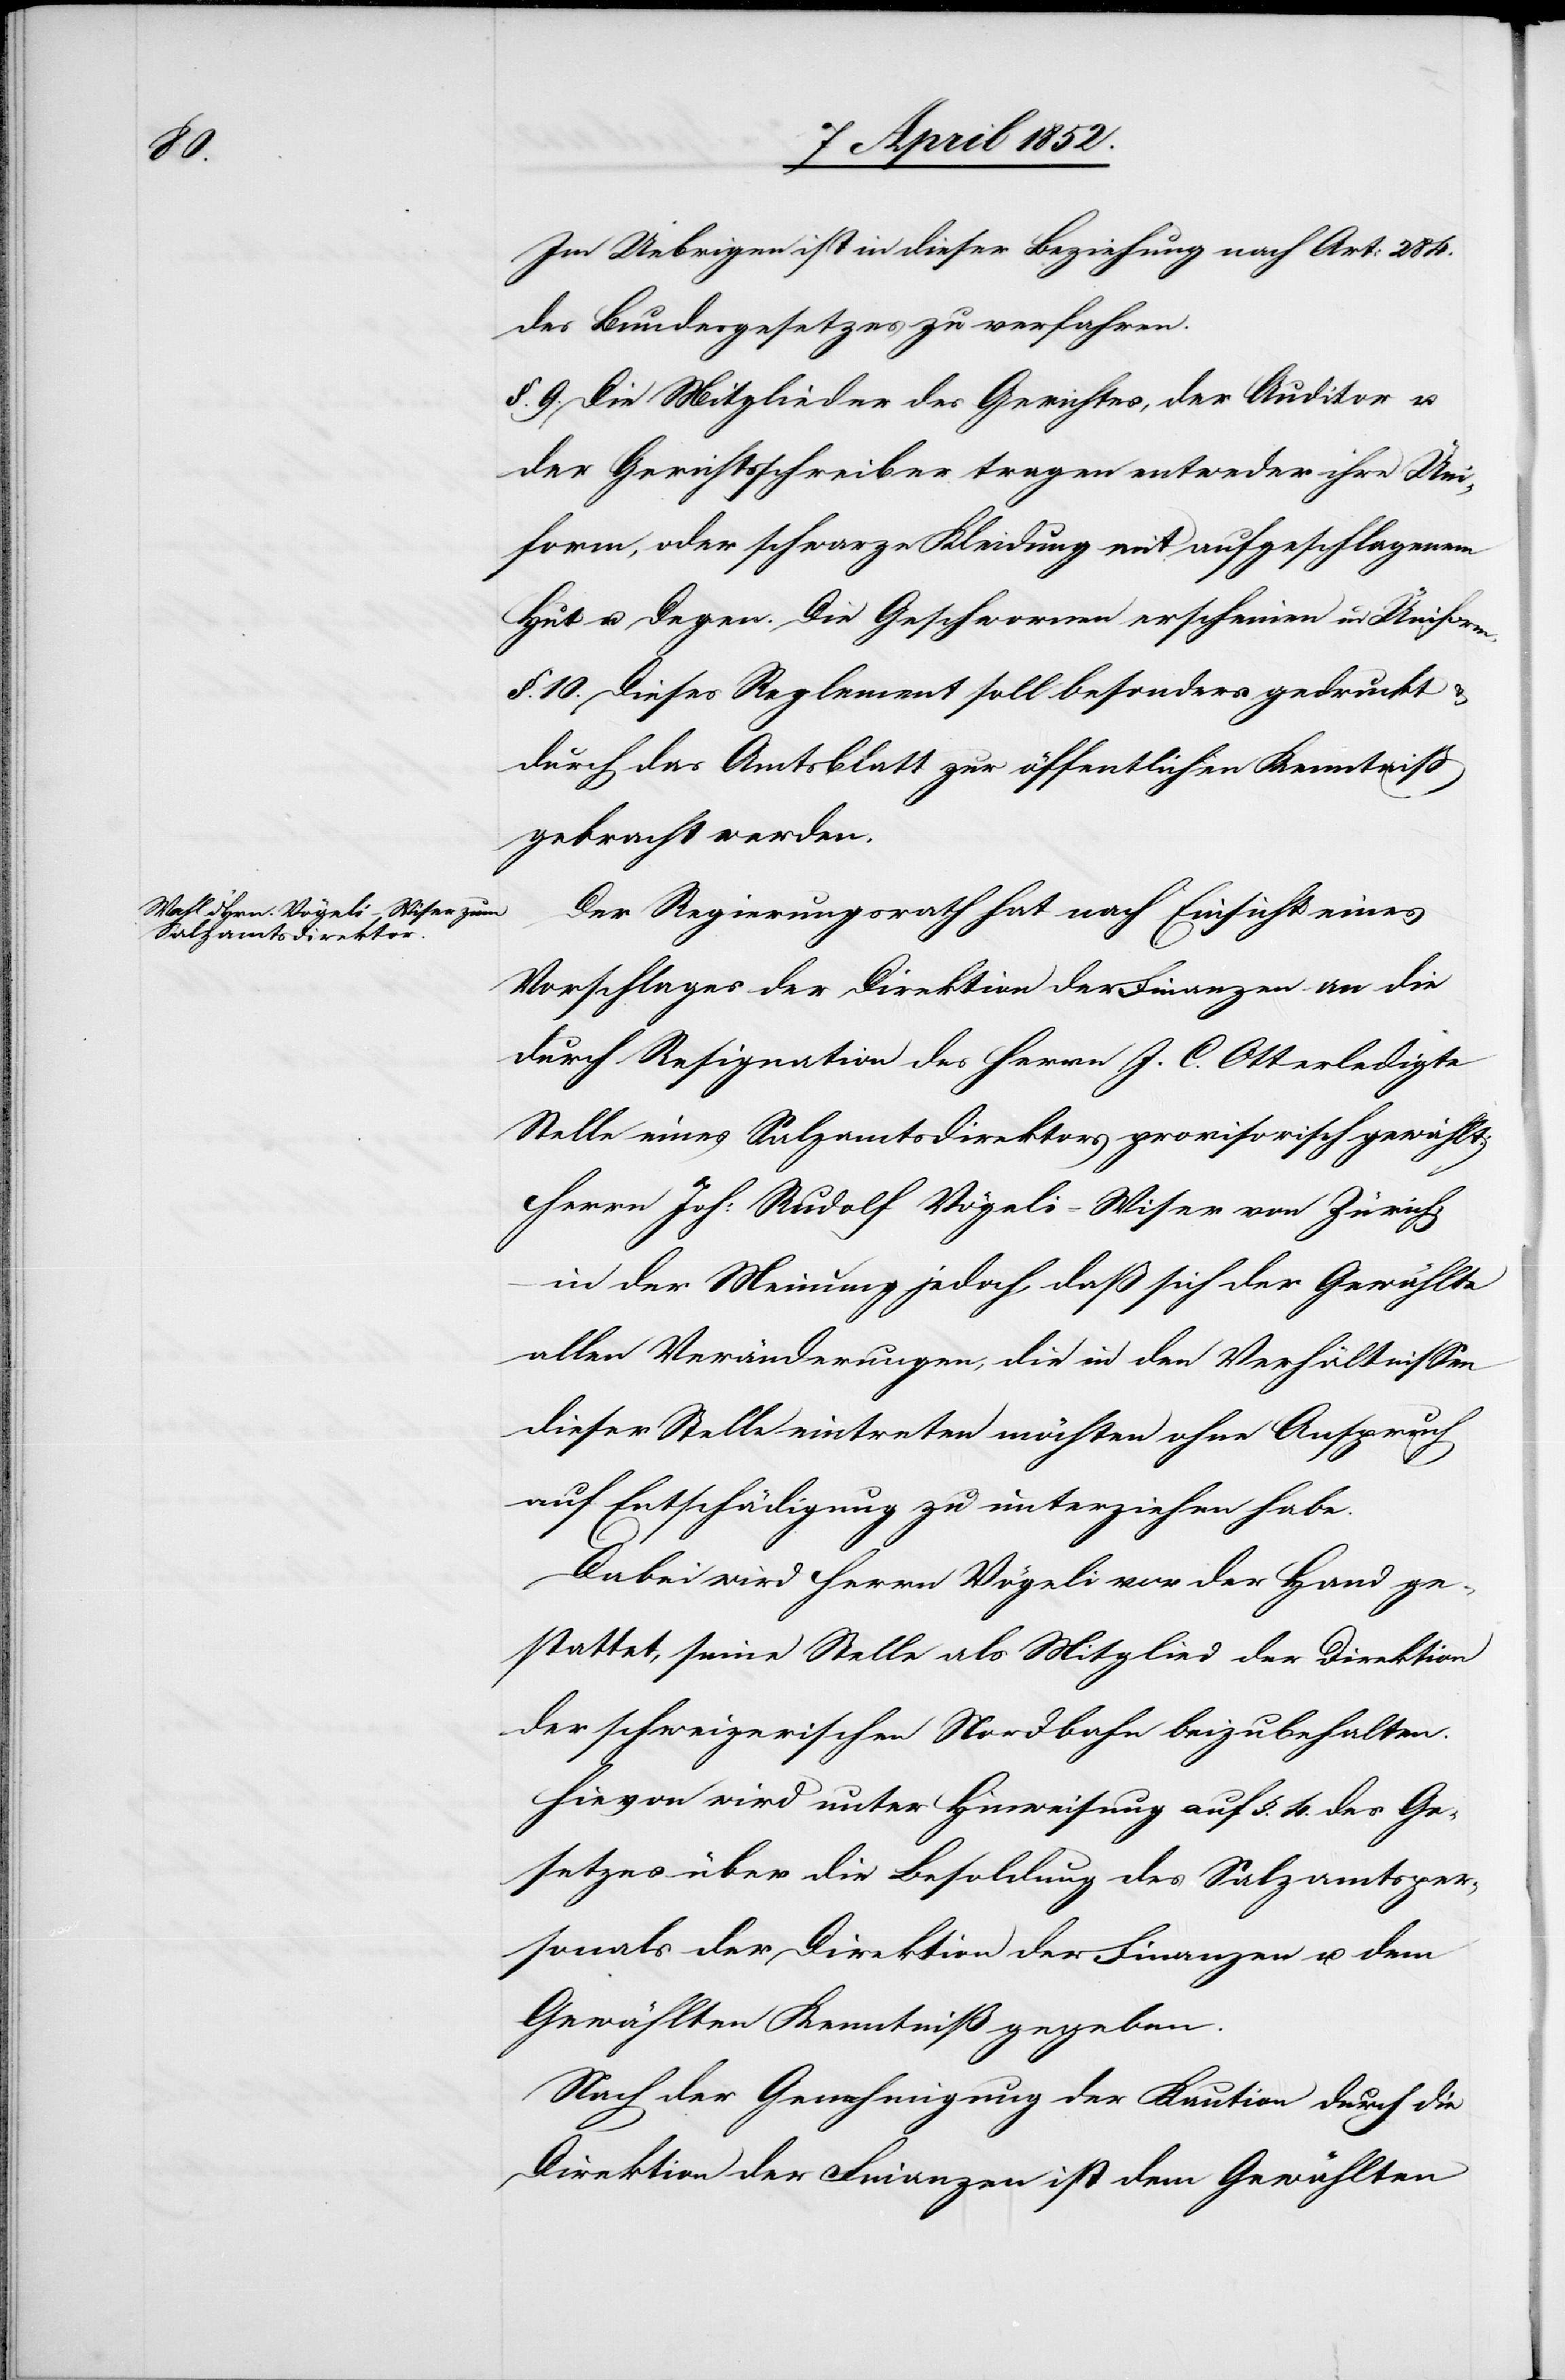
Im Uebrigen ist in dieser Beziehung nach Art: 284.
des Bundesgesetzes zu verfahren.
§. 9. Die Mitglieder des Gerichtes, der Auditor u.
der Gerichtsschreiber tragen entweder ihre Uni¬
form, oder schwarze Kleidung mit aufgeschlagenem
Hut u. Degen. Die Geschwornen erscheinen in Uniform.
§. 10. Dieses Reglement soll besonders gedruckt &
durch das Amtsblatt zur öffentlichen Kenntniß
gebracht werden.
Der Regierungsrath hat nach Einsicht eines
Vorschlages der Direktion der Finanzen an die
durch Resignation des Herrn J. C. Ott erledigte
Stelle eines Salzamtsdirektors provisorisch gewählt:
Herrn Joh: Rudolf Vögeli-Wiser von Zürich,
in der Meinung jedoch, daß sich der Gewählte
allen Veränderungen, die in den Verhältnissen
dieser Stelle eintreten möchten ohne Anspruch
auf Entschädigung zu unterziehen habe.
Dabei wird Herrn Vögeli vor der Hand ge¬
stattet, seine Stelle als Mitglied der Direktion
der schweizerischen Nordbahn beizubehalten.
Hievon wird unter Hinweisung auf §. 4. des Ge¬
setzes über die Besoldung des Salzamtsper¬
sonals der Direktion der Finanzen u. dem
Gewählten Kenntniß gegeben.
Nach der Genehmigung der Kaution durch die
Direktion der Finanzen ist dem Gewählten